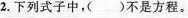
2.下列式子中，()不是方程。